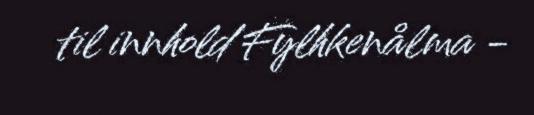
til innhold Fylhkenålma -